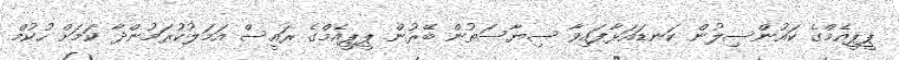
ޕީޕީއެމްގެ ކައުންސިލުން ކަނޑައަޅާފައިވާ ސިޔާސަތުން ބޭރުން ޕީޕީއެމްގެ ރައީސް އަމަލުކުރަމުންދާ ކަމަށް ހުކުމް